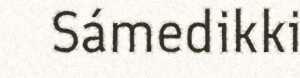
Sámedikki